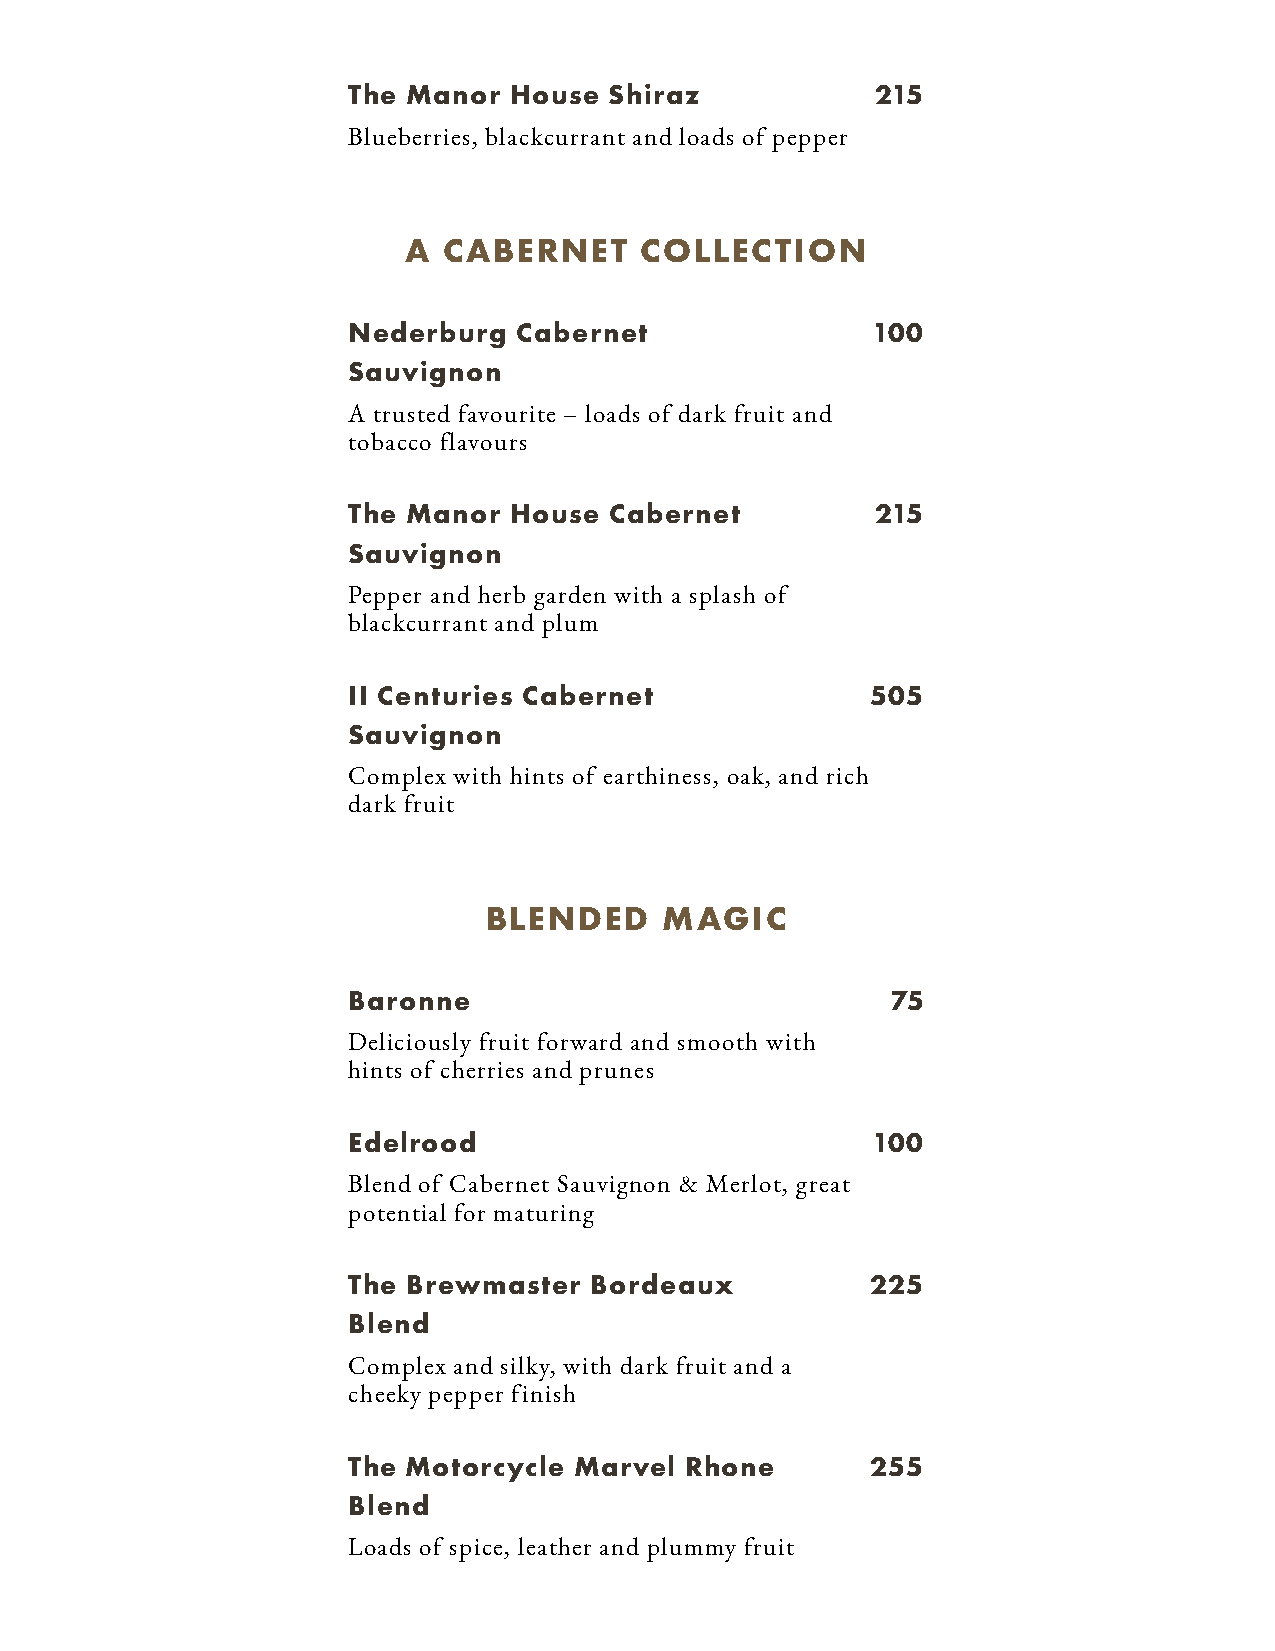
The Manor  House Shiraz            215
 Blueberries, blackcurrant and loads of pepper
 A CABERNET     COLLECTION
 Nederburg  Cabernet                100
 Sauvignon
 A trusted favourite – loads of dark fruit and
 tobacco flavours
 The Manor  House Cabernet          215
 Sauvignon
 Pepper and herb garden with a splash of
 blackcurrant and plum
 II Centuries Cabernet              505
 Sauvignon
 Complex with hints of earthiness, oak, and rich
 dark fruit
 BLENDED     MAGIC
 Baronne                             75
 Deliciously fruit forward and smooth with
 hints of cherries and prunes
 Edelrood                           100
 Blend of Cabernet Sauvignon & Merlot, great
 potential for maturing
 The Brewmaster  Bordeaux           225
 Blend
 Complex and silky, with dark fruit and a
 cheeky pepper finish
 The Motorcycle Marvel Rhone        255
 Blend
 Loads of spice, leather and plummy fruit